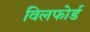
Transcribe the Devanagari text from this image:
विलफोर्ड